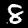
Label: 8